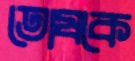
তোষকে